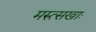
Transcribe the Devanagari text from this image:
मरुत्सखाः